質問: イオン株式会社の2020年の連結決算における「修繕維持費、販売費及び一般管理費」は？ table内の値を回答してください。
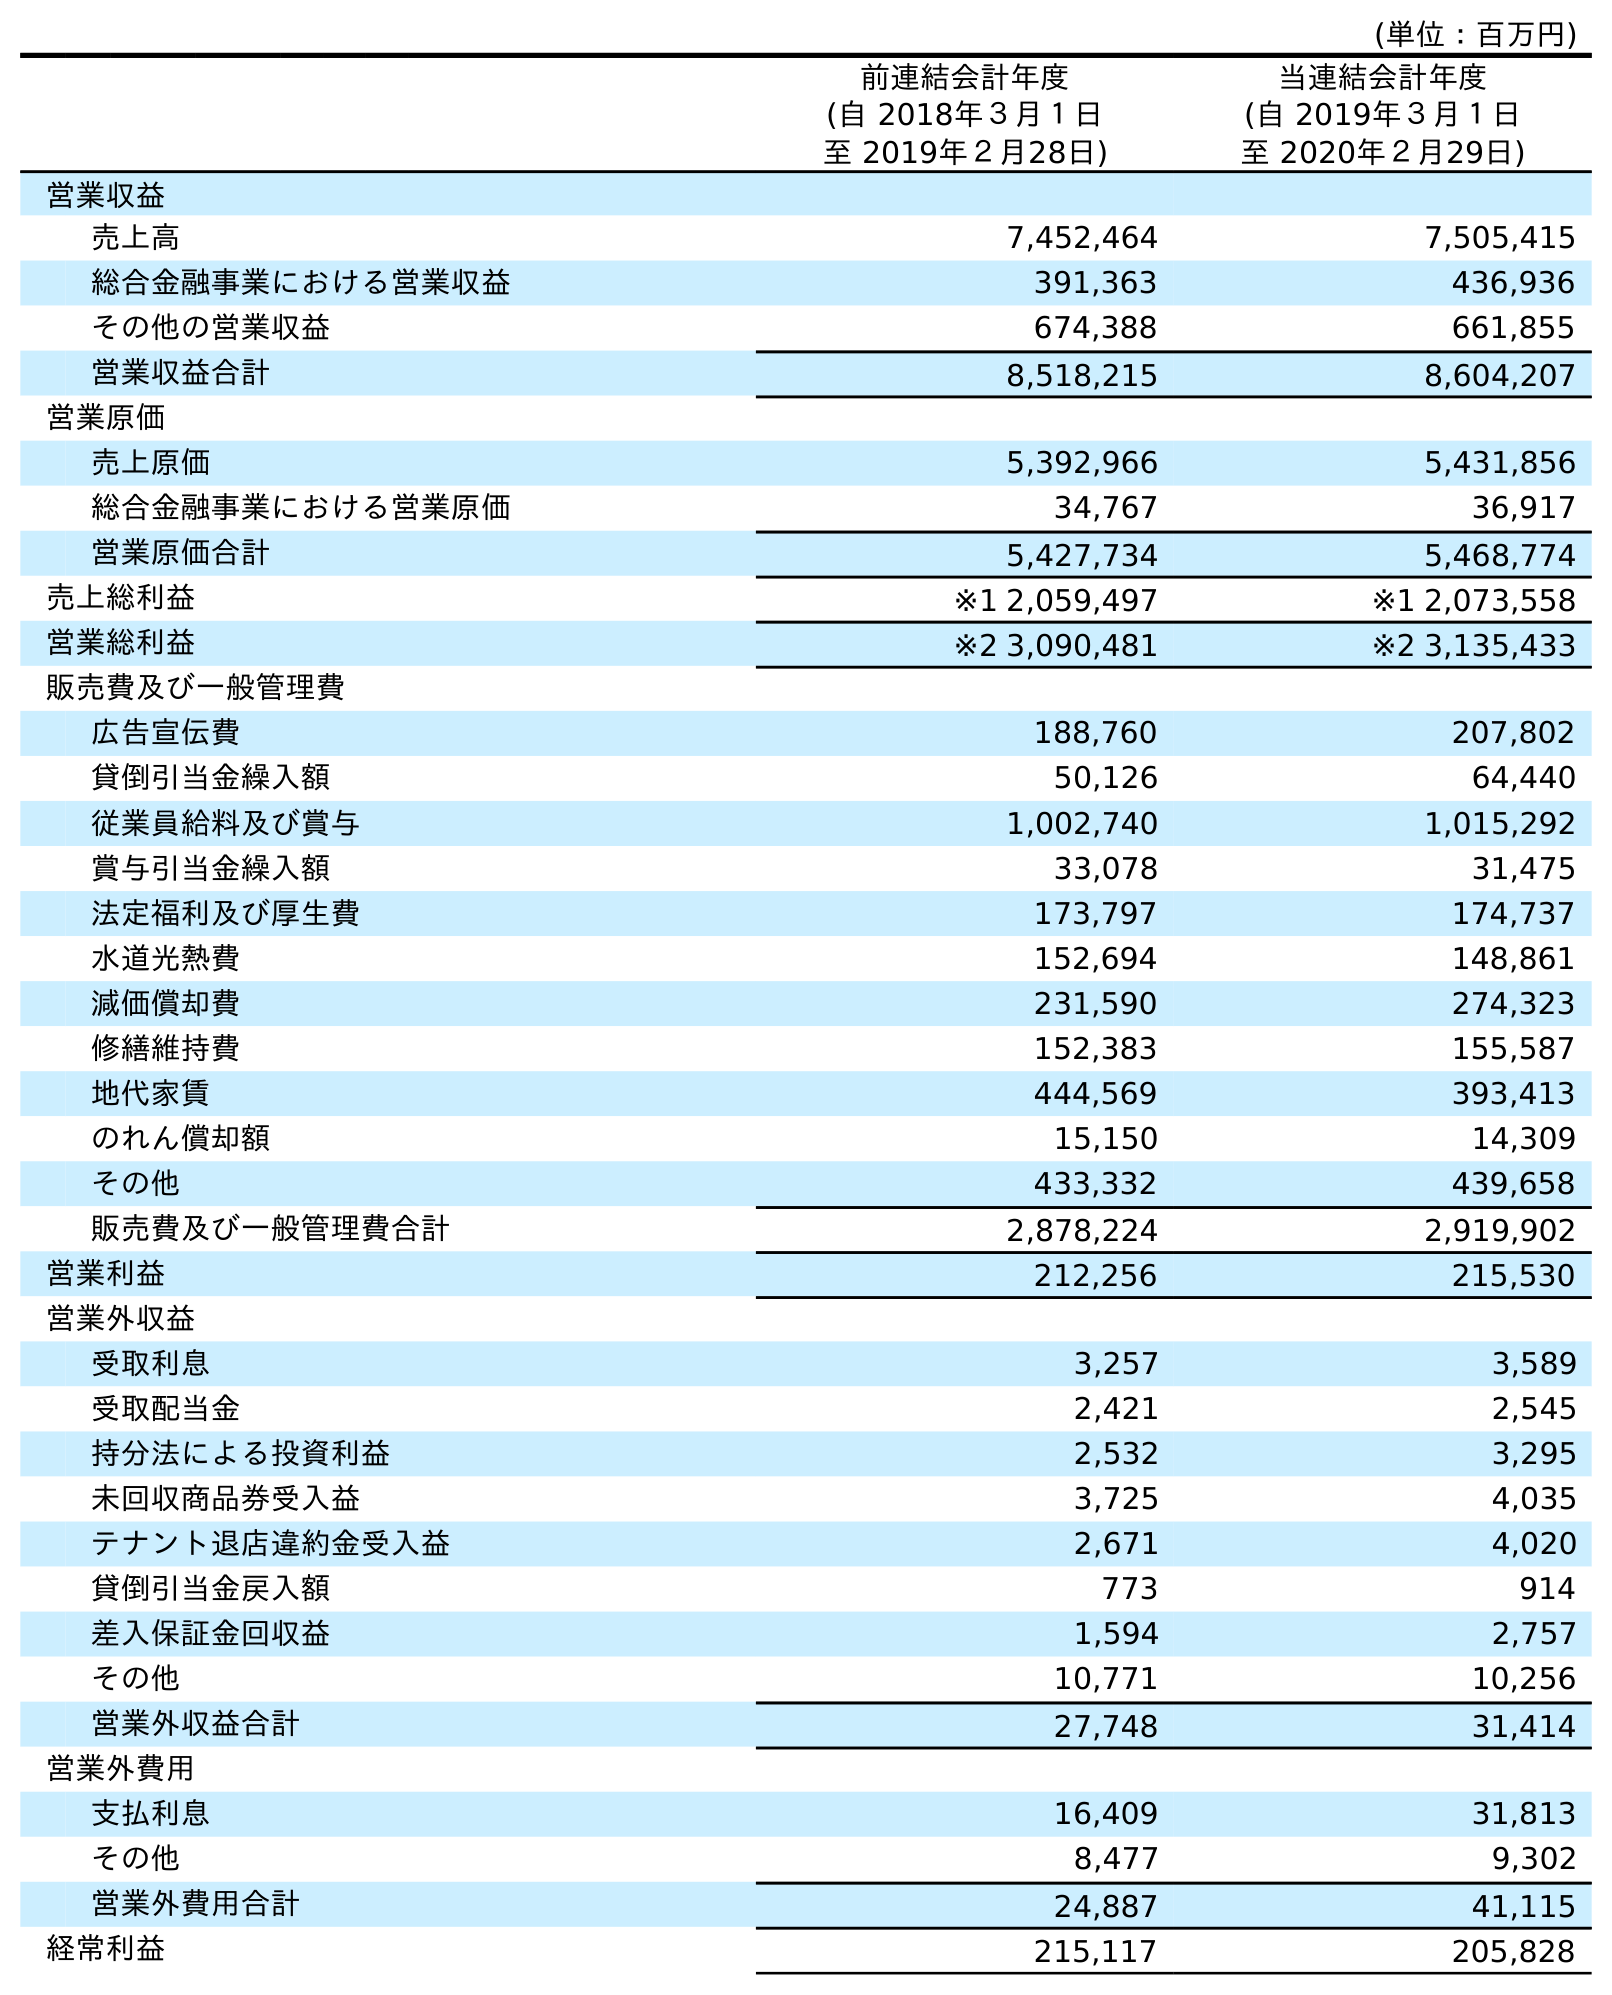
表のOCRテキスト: (単位：百万円) 前連結会計年度 (自 2018年３月１日 至 2019年２月28日) 当連結会計年度 (自 2019年３月１日 至 2020年２月29日) 営業収益 売上高 7,452,464 7,505,415 総合金融事業における営業収益 391,363 436,936 その他の営業収益 674,388 661,855 営業収益合計 8,518,215 8,604,207 営業原価 売上原価 5,392,966 5,431,856 総合金融事業における営業原価 34,767 36,917 営業原価合計 5,427,734 5,468,774 売上総利益 ※1 2,059,497 ※1 2,073,558 営業総利益 ※2 3,090,481 ※2 3,135,433 販売費及び一般管理費 広告宣伝費 188,760 207,802 貸倒引当金繰入額 50,126 64,440 従業員給料及び賞与 1,002,740 1,015,292 賞与引当金繰入額 33,078 31,475 法定福利及び厚生費 173,797 174,737 水道光熱費 152,694 148,861 減価償却費 231,590 274,323 修繕維持費 152,383 155,587 地代家賃 444,569 393,413 のれん償却額 15,150 14,309 その他 433,332 439,658 販売費及び一般管理費合計 2,878,224 2,919,902 営業利益 212,256 215,530 営業外収益 受取利息 3,257 3,589 受取配当金 2,421 2,545 持分法による投資利益 2,532 3,295 未回収商品券受入益 3,725 4,035 テナント退店違約金受入益 2,671 4,020 貸倒引当金戻入額 773 914 差入保証金回収益 1,594 2,757 その他 10,771 10,256 営業外収益合計 27,748 31,414 営業外費用 支払利息 16,409 31,813 その他 8,477 9,302 営業外費用合計 24,887 41,115 経常利益 215,117 205,828
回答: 155,587